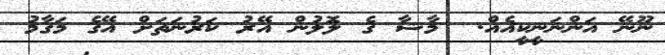
ނޫނޭ އަންނަނީކީއެެއް.  މާޝާ ގެ ލޮލުން އޭރު ކަރުނަތަށް އޭގެ މަގާމު